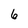
Character: 6